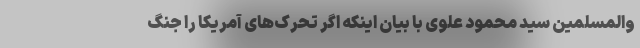
والمسلمین سید محمود علوی با بیان اینکه اگر تحرک‌های آمریکا را جنگ